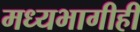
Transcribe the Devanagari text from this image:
मध्यभागीही